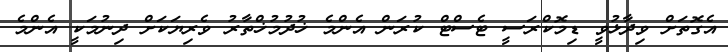
އެގޮތަށް ވިދާޅުވީ ޑިމޮކްރަސީ ޓެސްޓް ކުރަން އެންމެ ޚުދުމުޚްތާރު ވެރިޔަކަށް ދިނުމަކީ އެންމެ